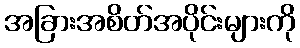
အခြားအစိတ်အပိုင်းများကို